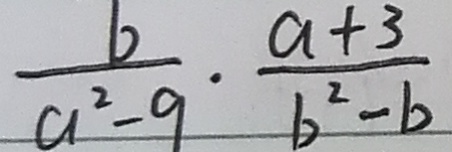
\frac { b } { a ^ { 2 } - 9 } \cdot \frac { a + 3 } { b ^ { 2 } - b }